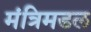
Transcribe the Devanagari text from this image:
मंत्रिमडल